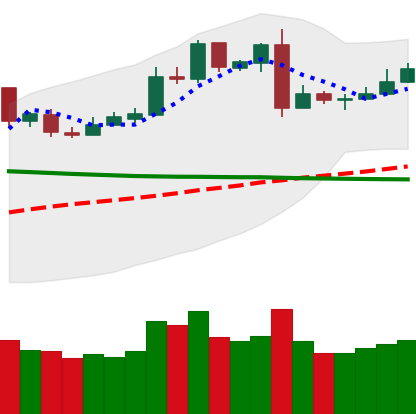
Ticker: LTC-USD
Chart end date: 2019-03-02
Forward return: 16.676%
Label: up_7plus